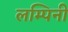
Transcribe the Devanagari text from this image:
लम्पिनी